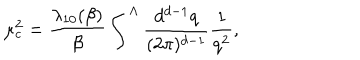
LaTeX: \mu _ { c } ^ { 2 } = \frac { \lambda _ { 1 0 } ( \beta ) } { \beta } \int ^ { \Lambda } \frac { d ^ { d - 1 } q } { ( 2 \pi ) ^ { d - 1 } } \frac { 1 } { q ^ { 2 } } ,